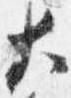
大